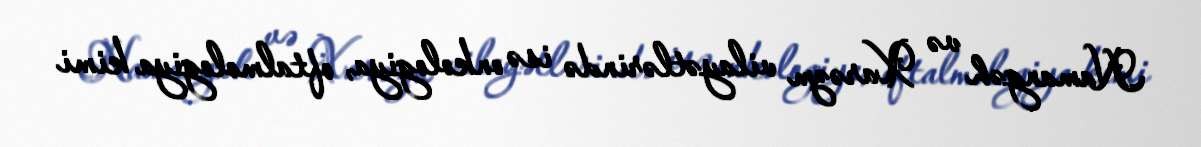
Namangəh və Xarəzm vilayətlərində isə onkologiya, oftalmologiya kimi